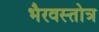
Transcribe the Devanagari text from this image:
भैरवस्तोत्र